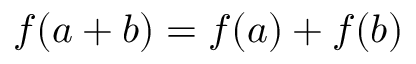
f ( a + b ) = f ( a ) + f ( b )